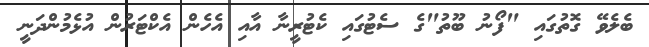
ބެލެވޭ ގޮތުގައި "ފޯނު ބޫތު"ގެ ސެޓުގައި ކެޓުރީނާ އާއި އެހެން އެކްޓަރުން އުޅެމުންދަނީ